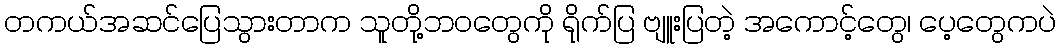
တကယ်အဆင်ပြေသွားတာက သူတို့ဘဝတွေကို ရိုက်ပြ ဗျူးပြတဲ့ အကောင့်တွေ၊ ပေ့တွေကပဲ